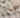
هذا